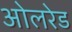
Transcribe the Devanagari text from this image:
ओलरेड